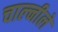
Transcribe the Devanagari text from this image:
चाल्नीले